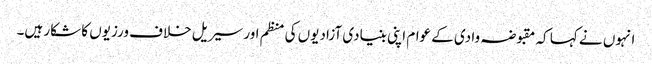
انہوں نے کہا کہ مقبوضہ وادی کے عوام اپنی بنیادی آزادیوں کی منظم اور سیریل خلاف ورزیوں کا شکار ہیں۔